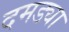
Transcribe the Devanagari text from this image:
दमड्या